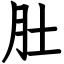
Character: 肚